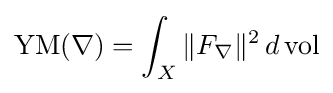
\operatorname {YM} (\nabla )=\int _{X}\|F_{\nabla }\|^{2}\,d\operatorname {vol}